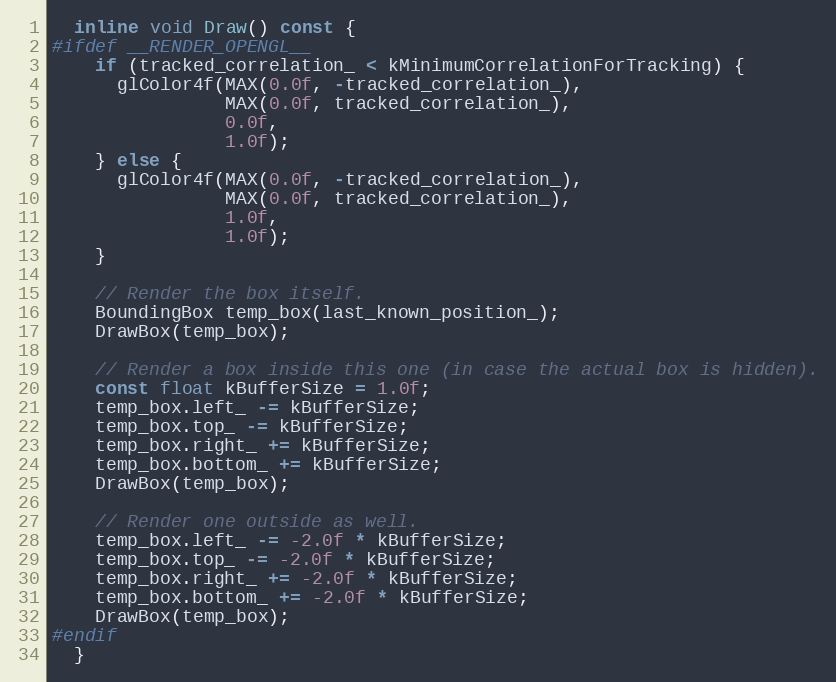
Language: C
  inline void Draw() const {
#ifdef __RENDER_OPENGL__
    if (tracked_correlation_ < kMinimumCorrelationForTracking) {
      glColor4f(MAX(0.0f, -tracked_correlation_),
                MAX(0.0f, tracked_correlation_),
                0.0f,
                1.0f);
    } else {
      glColor4f(MAX(0.0f, -tracked_correlation_),
                MAX(0.0f, tracked_correlation_),
                1.0f,
                1.0f);
    }

    // Render the box itself.
    BoundingBox temp_box(last_known_position_);
    DrawBox(temp_box);

    // Render a box inside this one (in case the actual box is hidden).
    const float kBufferSize = 1.0f;
    temp_box.left_ -= kBufferSize;
    temp_box.top_ -= kBufferSize;
    temp_box.right_ += kBufferSize;
    temp_box.bottom_ += kBufferSize;
    DrawBox(temp_box);

    // Render one outside as well.
    temp_box.left_ -= -2.0f * kBufferSize;
    temp_box.top_ -= -2.0f * kBufferSize;
    temp_box.right_ += -2.0f * kBufferSize;
    temp_box.bottom_ += -2.0f * kBufferSize;
    DrawBox(temp_box);
#endif
  }